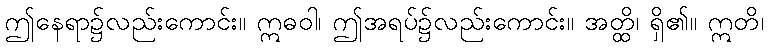
ဤနေရာ၌လည်းကောင်း။ ဣဓဝါ၊ ဤအရပ်၌လည်းကောင်း။ အတ္ထိ၊ ရှိ၏။ ဣတိ၊